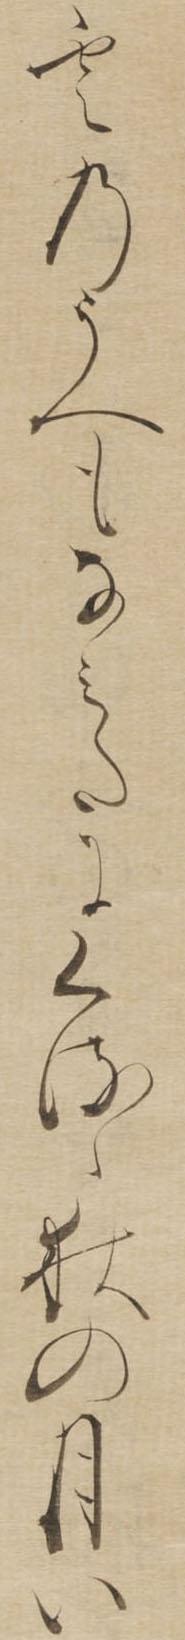
雲のうへもなみたにくるゝ秋の月い